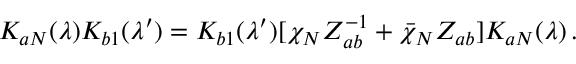
K _ { a N } ( \lambda ) K _ { b 1 } ( \lambda ^ { \prime } ) = K _ { b 1 } ( \lambda ^ { \prime } ) [ \chi _ { N } Z _ { a b } ^ { - 1 } + \bar { \chi } _ { N } Z _ { a b } ] K _ { a N } ( \lambda ) \, .